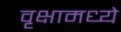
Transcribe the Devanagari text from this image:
वृक्षामध्ये